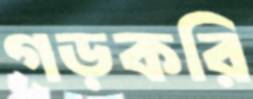
গড়করি